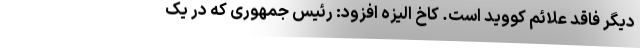
دیگر فاقد علائم کووید است. کاخ الیزه افزود: رئیس جمهوری که در یک